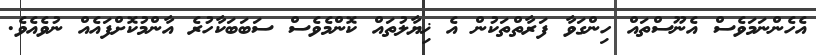
އެހެންނަމަވެސް އެނޫސްތައް ހިންގަވާ ފަރާތްތަކުން އެ ޚިޔާލުތައް ކޮންމެވެސް ސަބަބަކާހުރެ އާންމުކޮށްފައެއް ނުވެއެވެ.